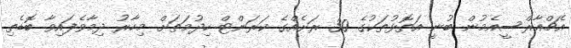
އެޗްއާރްސީއެމުން ބުނީ އަތޮޅުތަކުގެ 30 ރަށެއްގެ ކަރަންޓް ހިދުމަތަށް މިހާރު ދިމާވެފައިވާ ބޮޑެތި